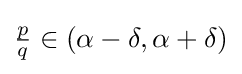
{\tfrac {p}{q}}\in (\alpha -\delta ,\alpha +\delta )